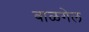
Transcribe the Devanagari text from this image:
बाळगेल